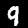
Label: 9